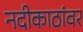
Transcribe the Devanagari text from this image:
नदीकाठांवर